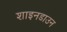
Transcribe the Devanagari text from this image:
शाइनडाउन